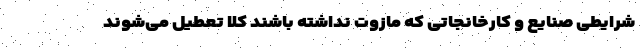
شرایطی صنایع و کارخانجاتی که مازوت نداشته باشند کلا تعطیل می‌شوند